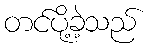
တင်ပို့ခဲ့သည်